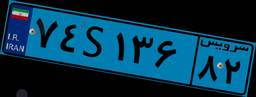
۱۵S۳۶۷۲۹